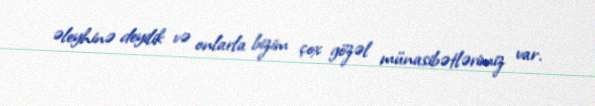
əleyhinə deyilik və onlarla bizim çox gözəl münasibətlərimiz var.